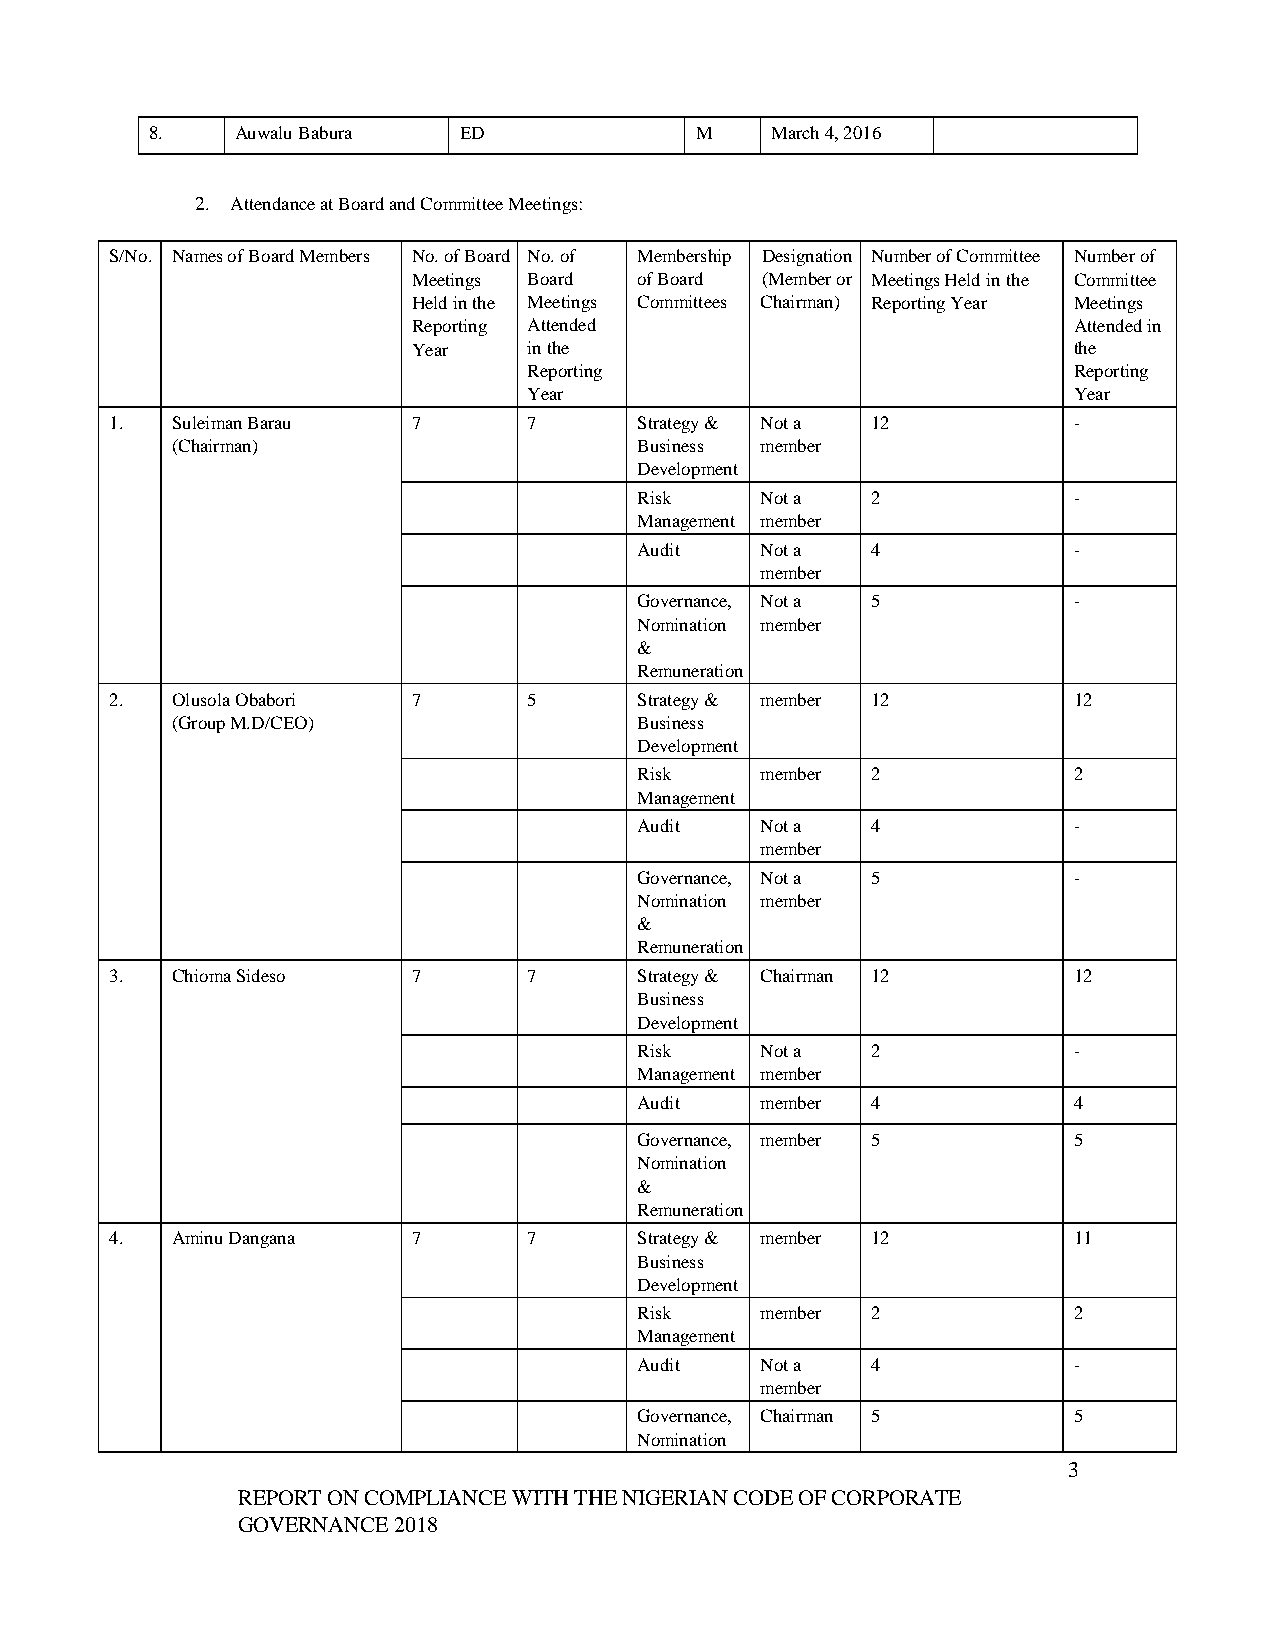
8.    Auwalu Babura ED              M    March 4, 2016
 2. Attendance at Board and Committee Meetings:
 S/No. Names of Board Members No. of Board No. of Membership Designation Number of Committee Number of
 Meetings Board of Board (Member or Meetings Held in the Committee
 Held in the Meetings Committees Chairman) Reporting Year Meetings
 Reporting Attended                          Attended in
 Year    in the                              the
 Reporting                           Reporting
 Year                                Year
 1.  Suleiman Barau  7       7      Strategy & Not a 12          -
 (Chairman)                     Business member
 Development
 Risk    Not a   2            -
 Management member
 Audit   Not a   4            -
 member
 Governance, Not a 5          -
 Nomination member
 &
 Remuneration
 2.  Olusola Obabori 7       5      Strategy & member 12         12
 (Group M.D/CEO)                Business
 Development
 Risk    member  2            2
 Management
 Audit   Not a   4            -
 member
 Governance, Not a 5          -
 Nomination member
 &
 Remuneration
 3.  Chioma Sideso   7       7      Strategy & Chairman 12       12
 Business
 Development
 Risk    Not a   2            -
 Management member
 Audit   member  4            4
 Governance, member 5         5
 Nomination
 &
 Remuneration
 4.  Aminu Dangana   7       7      Strategy & member 12         11
 Business
 Development
 Risk    member  2            2
 Management
 Audit   Not a   4            -
 member
 Governance, Chairman 5       5
 Nomination
 3
 REPORT ON COMPLIANCE WITH THE NIGERIAN CODE OF CORPORATE
 GOVERNANCE 2018